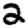
Digit: 2